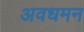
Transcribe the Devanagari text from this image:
अवधमन